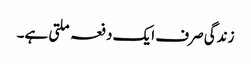
زندگی صرف ایک دفعہ ملتی ہے۔